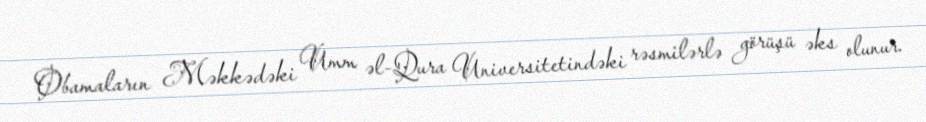
Obamaların Məkkədəki Umm əl-Qura Universitetindəki rəsmilərlə görüşü əks olunur.